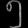
Digit: ၅